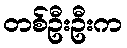
တစ်ဦးဦးက